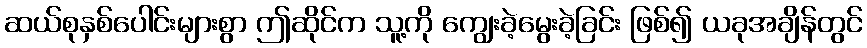
ဆယ်စုနှစ်ပေါင်းများစွာ ဤဆိုင်က သူ့ကို ကျွေးခဲ့မွေးခဲ့ခြင်း ဖြစ်၍ ယခုအချိန်တွင်